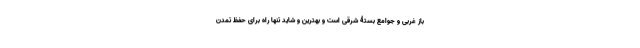
باز غربی و جوامع بستۀ شرقی است و بهترین و شاید تنها راه برای حفظ تمدن